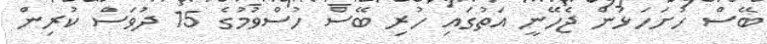
ބޭސް ހުށަހަޅަން ޖެހޭނީ އަތުގައި ހުރި ބޭސް ހުސްވުމުގެ 15 ދުވަސް ކުރިން